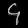
Digit: ၄